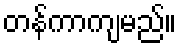
တန်ကာကျမည်။